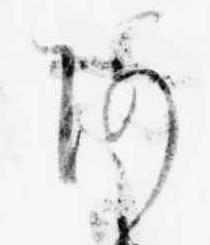
あ